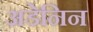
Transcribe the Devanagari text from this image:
अडेनिन